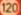
120